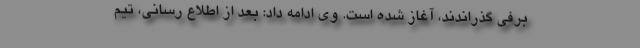
برفی گذراندند، آغاز شده است. وی ادامه داد: بعد از اطلاع رسانی، تیم